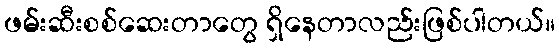
ဖမ်းဆီးစစ်ဆေးတာတွေ ရှိနေတာလည်းဖြစ်ပါတယ်။